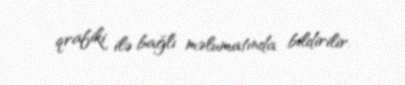
qrafiki ilə bağlı məlumatında bildirilir.